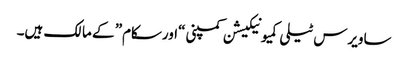
ساویرس ٹیلی کمیونیکیشن کمپنی “اورسکام” کے مالک ہیں۔